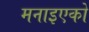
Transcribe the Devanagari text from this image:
मनाइएको